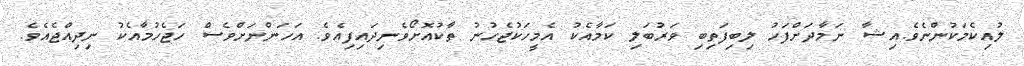
ލުއިކެމަކުންނެވެ.އިޝާ ނަމާދަށްފަހު ލިބިފަތިބި ވަރުބަލި ކަމާއެކު އެމީހަކުޖެހުނު ތާާކުއޮށޯވެނިދައިފިއެވެ. އަހަންނަށްވެސް ހަޖެހުމާއެކު ނިދިއްޖެއެވެ.